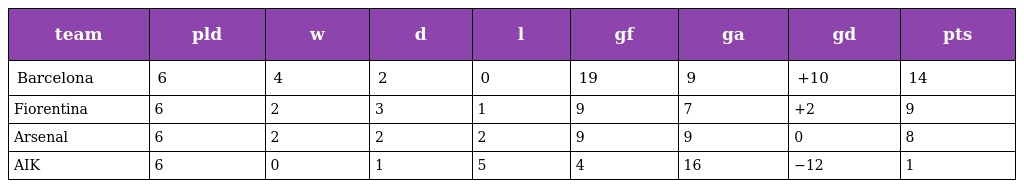
| team | pld | w | d | l | gf | ga | gd | pts |
 | --- | --- | --- | --- | --- | --- | --- | --- | --- |
 | Barcelona | 6 | 4 | 2 | 0 | 19 | 9 | +10 | 14 |
 | Fiorentina | 6 | 2 | 3 | 1 | 9 | 7 | +2 | 9 |
 | Arsenal | 6 | 2 | 2 | 2 | 9 | 9 | 0 | 8 |
 | AIK | 6 | 0 | 1 | 5 | 4 | 16 | −12 | 1 |